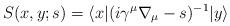
LaTeX: \begin{align*}S(x, y; s) = \langle x|(i\gamma^{\mu}\nabla_{\mu}-s)^{-1}|y\rangle\end{align*}